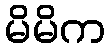
မိမိက